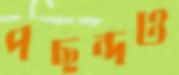
পছন্দও